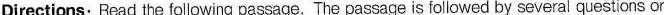
Directions:Rcad the following passage. The pussage is followed by several questions or